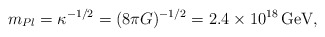
\begin{align*}m_{Pl}=\kappa^{-1/2}=(8\pi G)^{-1/2}=2.4\times10^{18}\,\mbox{GeV},\end{align*}